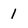
Character: 1